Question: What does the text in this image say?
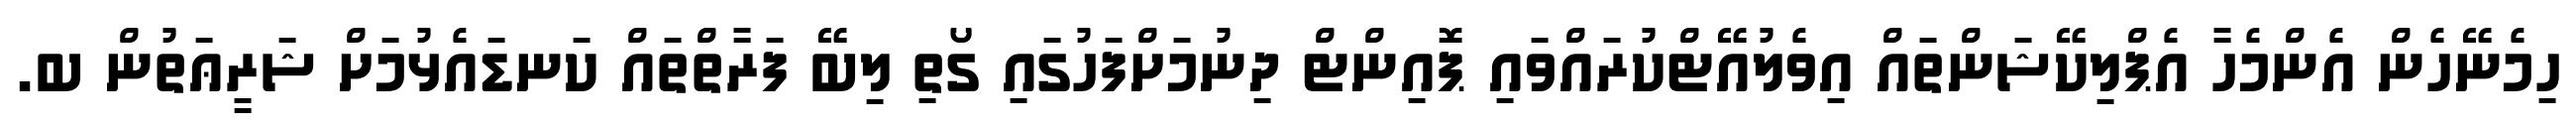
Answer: ހިމެނޭހެން އެންމެހާ އެޕްލިކޭޝަންތައް އިވެލުއޭޓްކުރައްވައި ޕޮއިންޓް ދިނުމަށްފަހުގައި ގޯތި ލިބޭ ފަރާތްތައް ކަނޑައެޅުމަށް ޝަރީޢަތުން ބ.